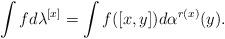
LaTeX: \begin{gather*}\int f d\lambda^{[x]}=\int f([x,y])d\alpha^{r(x)}(y).\end{gather*}